Senior Leaving Certificate Examination (including Day School Certificate (Higher) General paper), 1949
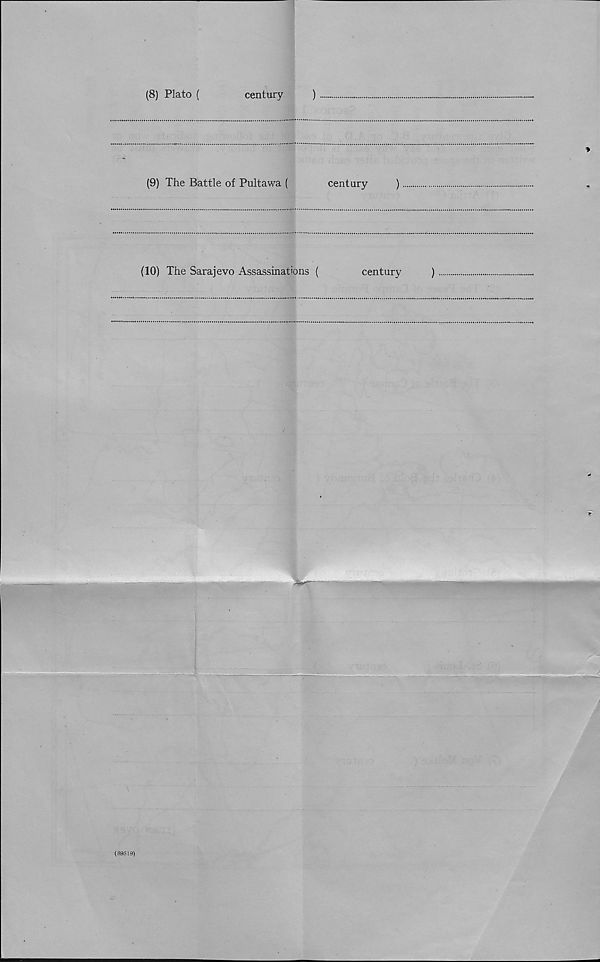
(8) Plato (
century
)
(9) The Battle of Pultawa (
century
)
(10) The Sarajevo Assassinations (
century
)